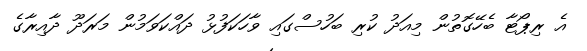
އެ ރިޕޯޓާ ބެހޭގޮތުން މިއަދު ކުރި ބަހުސްގައި ވާހަކަފުޅު ދައްކަވަމުން މަރަދޫ ދާއިރާގެ